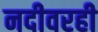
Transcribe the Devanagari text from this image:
नदीवरही